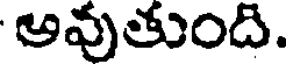
అవుతుంది.